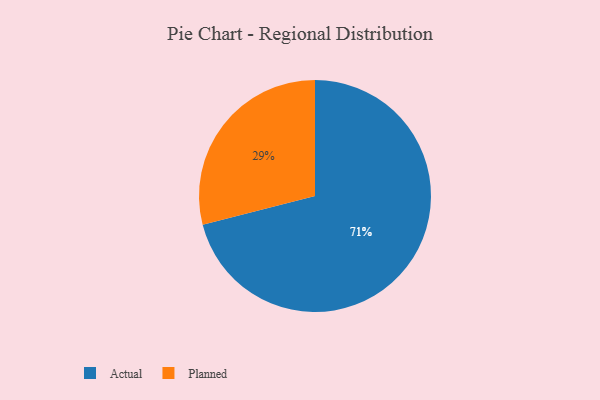
{"axis": {"x": "Category", "y": "Percentage"}, "legend": ["Actual", "Planned"], "data": [{"x": "Planned", "y": 29, "type": "Planned"}, {"x": "Actual", "y": 71, "type": "Actual"}]}